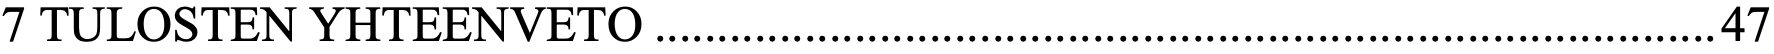
7 TULOSTEN YHTEENVETO ..................................................................................... 47